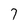
Character: 7